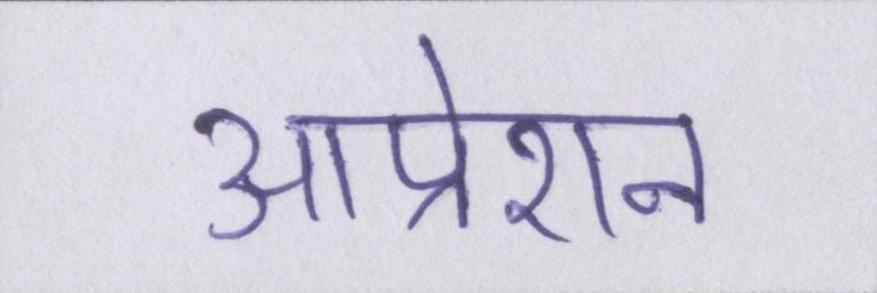
आप्रेशन